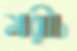
মরীচ